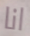
انا